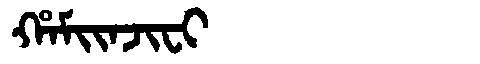
Manchu: ᡥᠠᠮᡳᡳᠨᠵᡳᠸᡳ
Romanization: HAMIINJIFI